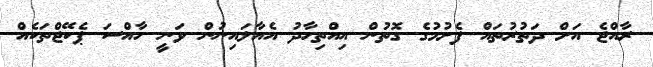
ރާއްޖެ އަށް ދަތުރުތައް ފެށުމުގެ ގޮތުން އިއްތިހާދު އެއާލައިނުން ވަނީ ހާއްސަ ޕެކޭޖްތަކެއް